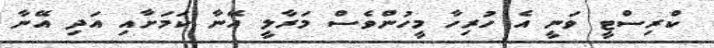
ކްރިސްޓީ ވަނީ އެ ހުރިހާ މީހުންވެސް މަރާލީ އޭނާ ކަމަށާއި އަދި އޭނާ